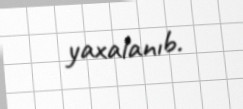
yaxalanıb.